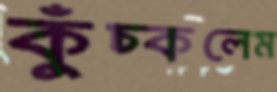
কুঁচ্‌কলেম